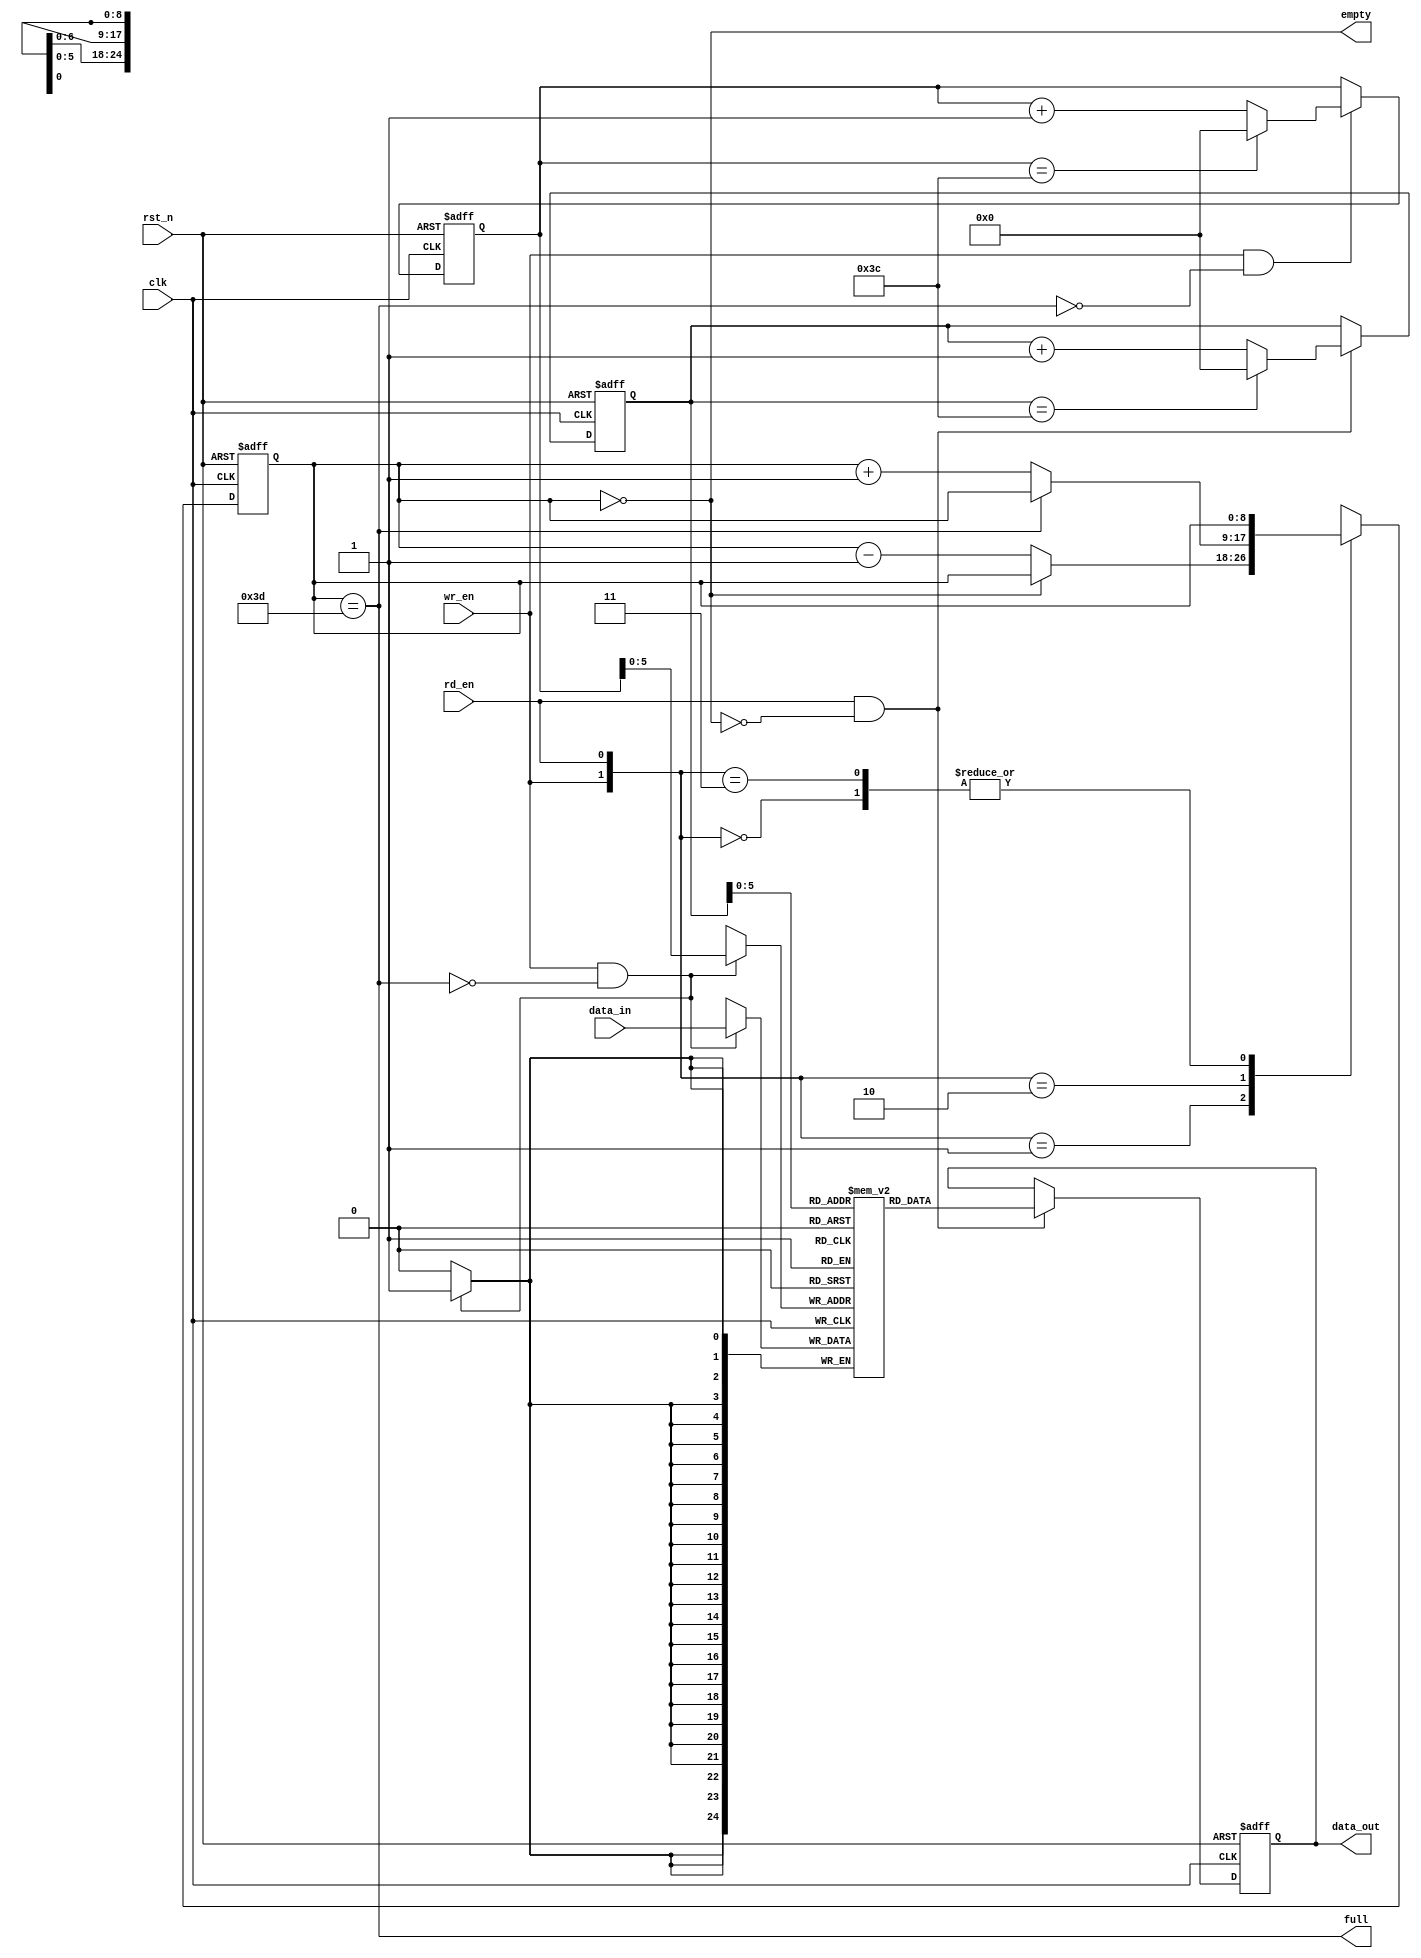
`timescale 1ns / 1ps
//////////////////////////////////////////////////////////////////////////////////
// Company: 
// Engineer: 
// 
// Design Name: 
// Module Name: SYNCH_FIFO
// Project Name: 
// Target Devices: 
// Tool Versions: 
// Description: 
// 
// Dependencies: 
// 
// Revision:
// Revision 0.01 - File Created
// Additional Comments:
// 
//////////////////////////////////////////////////////////////////////////////////

///==------------------------------------------------------------------==///
/// Conv kernel: synchronous FIFO
///==------------------------------------------------------------------==///
/// Synchronous FIFO
module SYNCH_FIFO #(
    parameter data_width = 25,
    parameter addr_width = 8,
    parameter depth      = 61
) (
    /// Control signal
    input clk,
    input rd_en,
    input wr_en,
    input rst_n,
    /// status signal
    output empty,
    output full,
    /// data signal
    output reg [data_width-1:0] data_out,
    input [data_width-1:0] data_in
);
    reg [addr_width:0] cnt;
    reg [data_width-1:0] fifo_mem [0:depth-1];
    reg [addr_width-1:0] rd_ptr;
    reg [addr_width-1:0] wr_ptr;
    /// Status generation
    assign empty = (cnt == 0);
    assign full  = (cnt == depth);
    /// Updata read pointer && Read operation
    always @(posedge clk or negedge rst_n) begin
        if (!rst_n)
            rd_ptr   <= 0;
        else if (rd_en && !empty) begin
            if (rd_ptr == depth-1)
                rd_ptr <= 0;
            else
                rd_ptr <= rd_ptr + 1;
        end else 
            rd_ptr <= rd_ptr;
    end
    always @(posedge clk or negedge rst_n) begin
        if (!rst_n) 
            data_out <= 0;
        else if (rd_en && !empty)
            data_out <= fifo_mem[rd_ptr];
    end
    /// Update write pointer && write operation
    always @(posedge clk or negedge rst_n) begin
        if (!rst_n)
            wr_ptr <= 0;
        else if (wr_en  && !full) begin
            if (wr_ptr == depth-1)
                wr_ptr <= 0;
            else
                wr_ptr <= wr_ptr + 1;
        end else 
            wr_ptr <= wr_ptr;
    end

    always @(posedge clk) begin
        if (wr_en  & ~full)
            fifo_mem[wr_ptr] = data_in;
    end
    /// Update the counter
    always @(posedge clk or negedge rst_n) begin
        if (!rst_n)
            cnt <= 0;
        else begin
            case ({wr_en, rd_en})
                2'b00: cnt <= cnt;
                2'b01: cnt <= !empty ? cnt-1 : cnt;
                2'b10: cnt <= !full  ? cnt+1 : cnt;
                2'b11: cnt <= cnt;
            endcase
        end
    end
endmodule